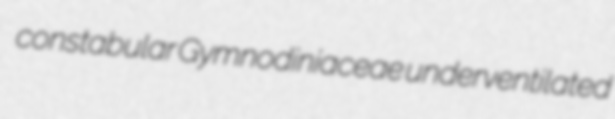
constabular Gymnodiniaceae underventilated